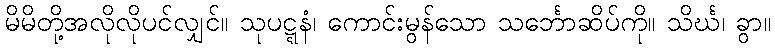
မိမိတို့အလိုလိုပင်လျှင်။ သုပဋ္ဋနံ၊ ကောင်းမွန်သော သင်္ဘောဆိပ်ကို။ သိင်္ဃ၊ ခွာ။